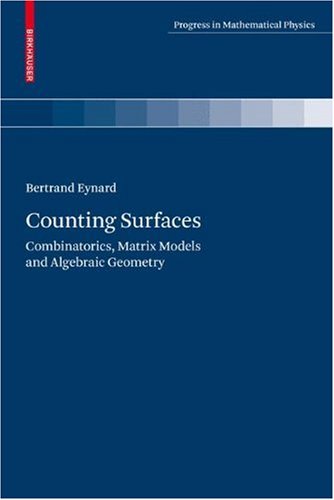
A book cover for Counting Surfaces: Combinatorics, Matrix Models and Algebraic Geometry (Progress in Mathematical Physics); Bertrand Eynard; Science & Math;